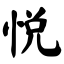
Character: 悦